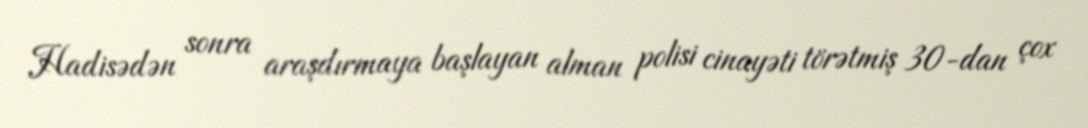
Hadisədən sonra araşdırmaya başlayan alman polisi cinayəti törətmiş 30-dan çox